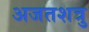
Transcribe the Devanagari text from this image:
अजतशत्रु